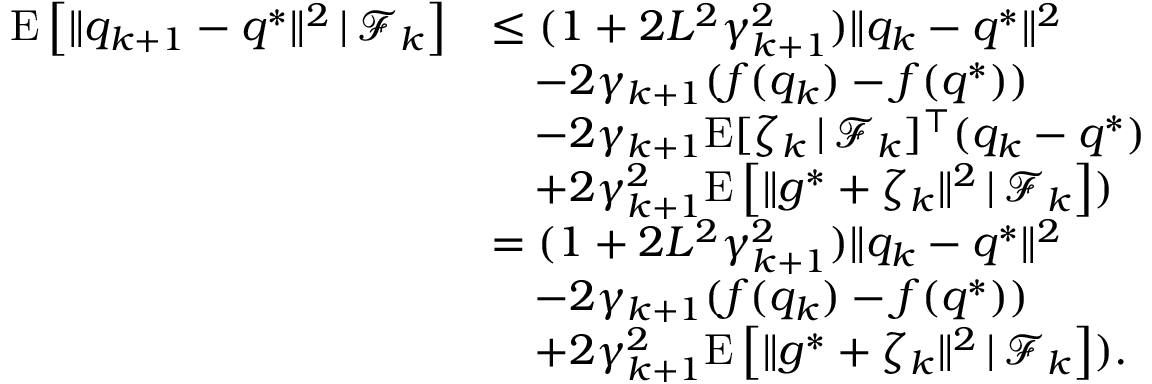
\begin{array} { r l } { \mathrm { E } \left[ \| q _ { k + 1 } - q ^ { * } \| ^ { 2 } \, | \, \mathcal { F } _ { k } \right] } & { \leq ( 1 + 2 L ^ { 2 } \gamma _ { k + 1 } ^ { 2 } ) \| q _ { k } - q ^ { * } \| ^ { 2 } } \\ & { \quad - 2 \gamma _ { k + 1 } ( f ( q _ { k } ) - f ( q ^ { * } ) ) } \\ & { \quad - 2 \gamma _ { k + 1 } \mathrm { E } [ \zeta _ { k } \, | \, \mathcal { F } _ { k } ] ^ { \top } ( q _ { k } - q ^ { * } ) } \\ & { \quad + 2 \gamma _ { k + 1 } ^ { 2 } \mathrm { E } \left[ \| g ^ { * } + \zeta _ { k } \| ^ { 2 } \, | \, \mathcal { F } _ { k } \right] ) } \\ & { = ( 1 + 2 L ^ { 2 } \gamma _ { k + 1 } ^ { 2 } ) \| q _ { k } - q ^ { * } \| ^ { 2 } } \\ & { \quad - 2 \gamma _ { k + 1 } ( f ( q _ { k } ) - f ( q ^ { * } ) ) } \\ & { \quad + 2 \gamma _ { k + 1 } ^ { 2 } \mathrm { E } \left[ \| g ^ { * } + \zeta _ { k } \| ^ { 2 } \, | \, \mathcal { F } _ { k } \right] ) . } \end{array}